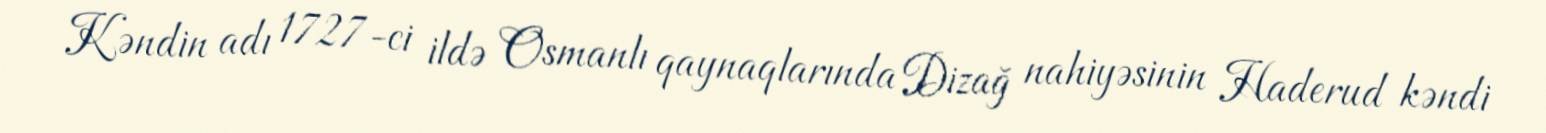
Kəndin adı 1727-ci ildə Osmanlı qaynaqlarında Dizağ nahiyəsinin Haderud kəndi